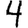
Digit: 4